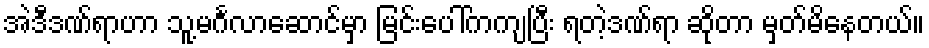
အဲဒီဒဏ်ရာဟာ သူ့မင်္ဂလာဆောင်မှာ မြင်းပေါ်ကကျပြီး ရတဲ့ဒဏ်ရာ ဆိုတာ မှတ်မိနေတယ်။